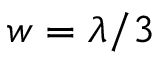
w = \lambda / 3